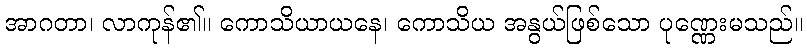
အာဂတာ၊ လာကုန်၏။ ကောသိယာယနေ၊ ကောသိယ အနွယ်ဖြစ်သော ပုဏ္ဏေးမသည်။